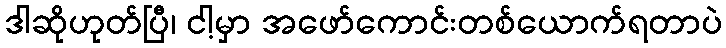
ဒါဆိုဟုတ်ပြီ၊ ငါ့မှာ အဖော်ကောင်းတစ်ယောက်ရတာပဲ